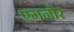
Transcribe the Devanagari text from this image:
एगनोर